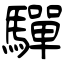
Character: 驒